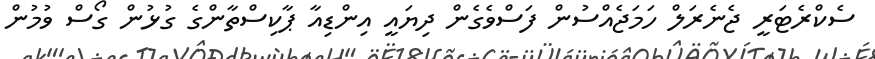
ސެކްރެޓަރީ ޖެނެރަލް ހަމަޖެއްސުން ފަސްވެގެން ދިޔައީ އިންޑިއާ ޕާކިސްތާންގެ ގުޅުން ގޯސް ވުމުން